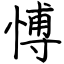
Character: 愽